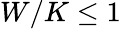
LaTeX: W/K\le 1